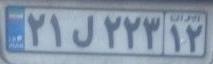
۲۱ل۲۲۳۱۲